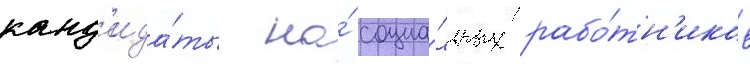
канд'ида́ты на́ социа́льных рабо́тн'иков